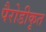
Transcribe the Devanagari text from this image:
पैरोडीकृत